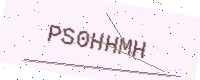
Text: PS0HHMH